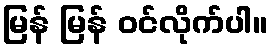
မြန် မြန် ဝင်လိုက်ပါ။